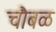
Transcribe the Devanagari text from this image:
चौबळ